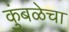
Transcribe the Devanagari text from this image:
कुंबळेचा